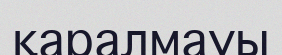
қаралмауы